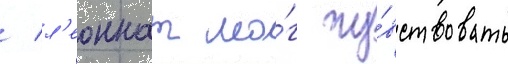
/ л'еоннат мо́г чу́вствовать